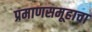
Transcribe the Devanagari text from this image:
प्रमाणसमूहाचा